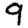
Digit: 9